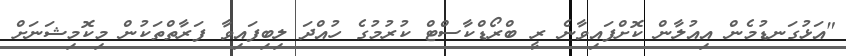
"އަޅުގަނޑުމެން އިއުލާން ކޮށްފައިވާނެ ރީ ބްރޯޑްކާސްޓް ކުރުމުގެ ހުއްދަ ލިބިފައިވާ ފަރާތްތަކުން މިކޮމިޝަނަށް